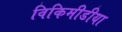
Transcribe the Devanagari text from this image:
विकिमीडीया